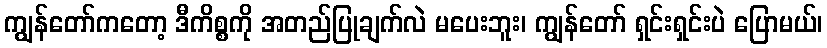
ကျွန်တော်ကတော့ ဒီကိစ္စကို အတည်ပြုချက်လဲ မပေးဘူး၊ ကျွန်တော် ရှင်းရှင်းပဲ ပြောမယ်၊